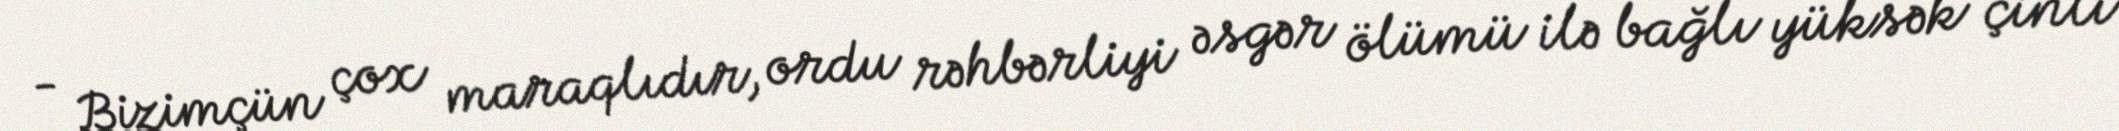
- Bizimçün çox maraqlıdır, ordu rəhbərliyi əsgər ölümü ilə bağlı yüksək çinli